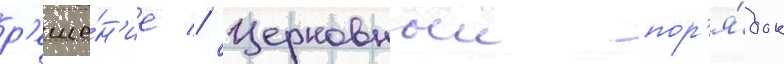
р'еше́н'ие // Церковныи пор'я́док